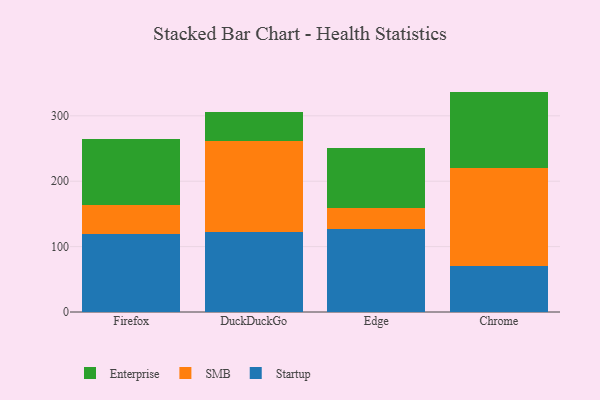
{"axis": {"x": "Browser", "y": "Headcount"}, "legend": ["Enterprise", "SMB", "Startup"], "data": [{"x": "Firefox", "y": 119.1, "type": "Startup"}, {"x": "Firefox", "y": 44.5, "type": "SMB"}, {"x": "Firefox", "y": 101.5, "type": "Enterprise"}, {"x": "DuckDuckGo", "y": 122.4, "type": "Startup"}, {"x": "DuckDuckGo", "y": 139.8, "type": "SMB"}, {"x": "DuckDuckGo", "y": 43.5, "type": "Enterprise"}, {"x": "Edge", "y": 127.6, "type": "Startup"}, {"x": "Edge", "y": 31.8, "type": "SMB"}, {"x": "Edge", "y": 91.8, "type": "Enterprise"}, {"x": "Chrome", "y": 70.0, "type": "Startup"}, {"x": "Chrome", "y": 149.8, "type": "SMB"}, {"x": "Chrome", "y": 117.2, "type": "Enterprise"}]}